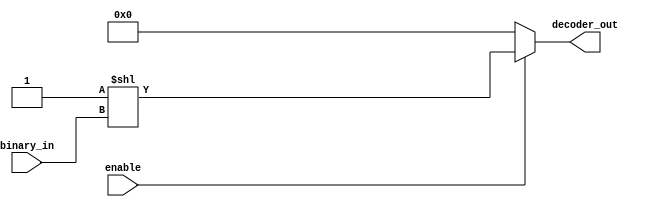
//-----------------------------------------------------
// Design Name : decoder_using_assign
// Function    : decoder using assign
// Coder       : Deepak Kumar Tala
//-----------------------------------------------------
module decoder_using_assign (
binary_in   , //  4 bit binary input
decoder_out , //  16-bit out 
enable        //  Enable for the decoder
);
input [3:0] binary_in  ;
input  enable ; 
output [15:0] decoder_out ; 
        
wire [15:0] decoder_out ; 

assign decoder_out = (enable) ? (1 << binary_in) : 16'b0 ;

endmodule